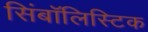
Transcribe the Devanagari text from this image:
सिंबॉलिस्टिक